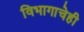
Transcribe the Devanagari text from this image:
विभागाचेही